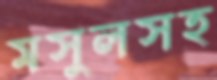
মসুলসহ